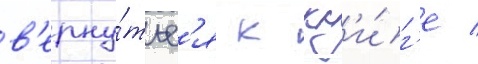
в'ерну́тьс'я к кн'и́г'е /